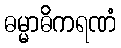
ဓမ္မာဓိကရဏံ